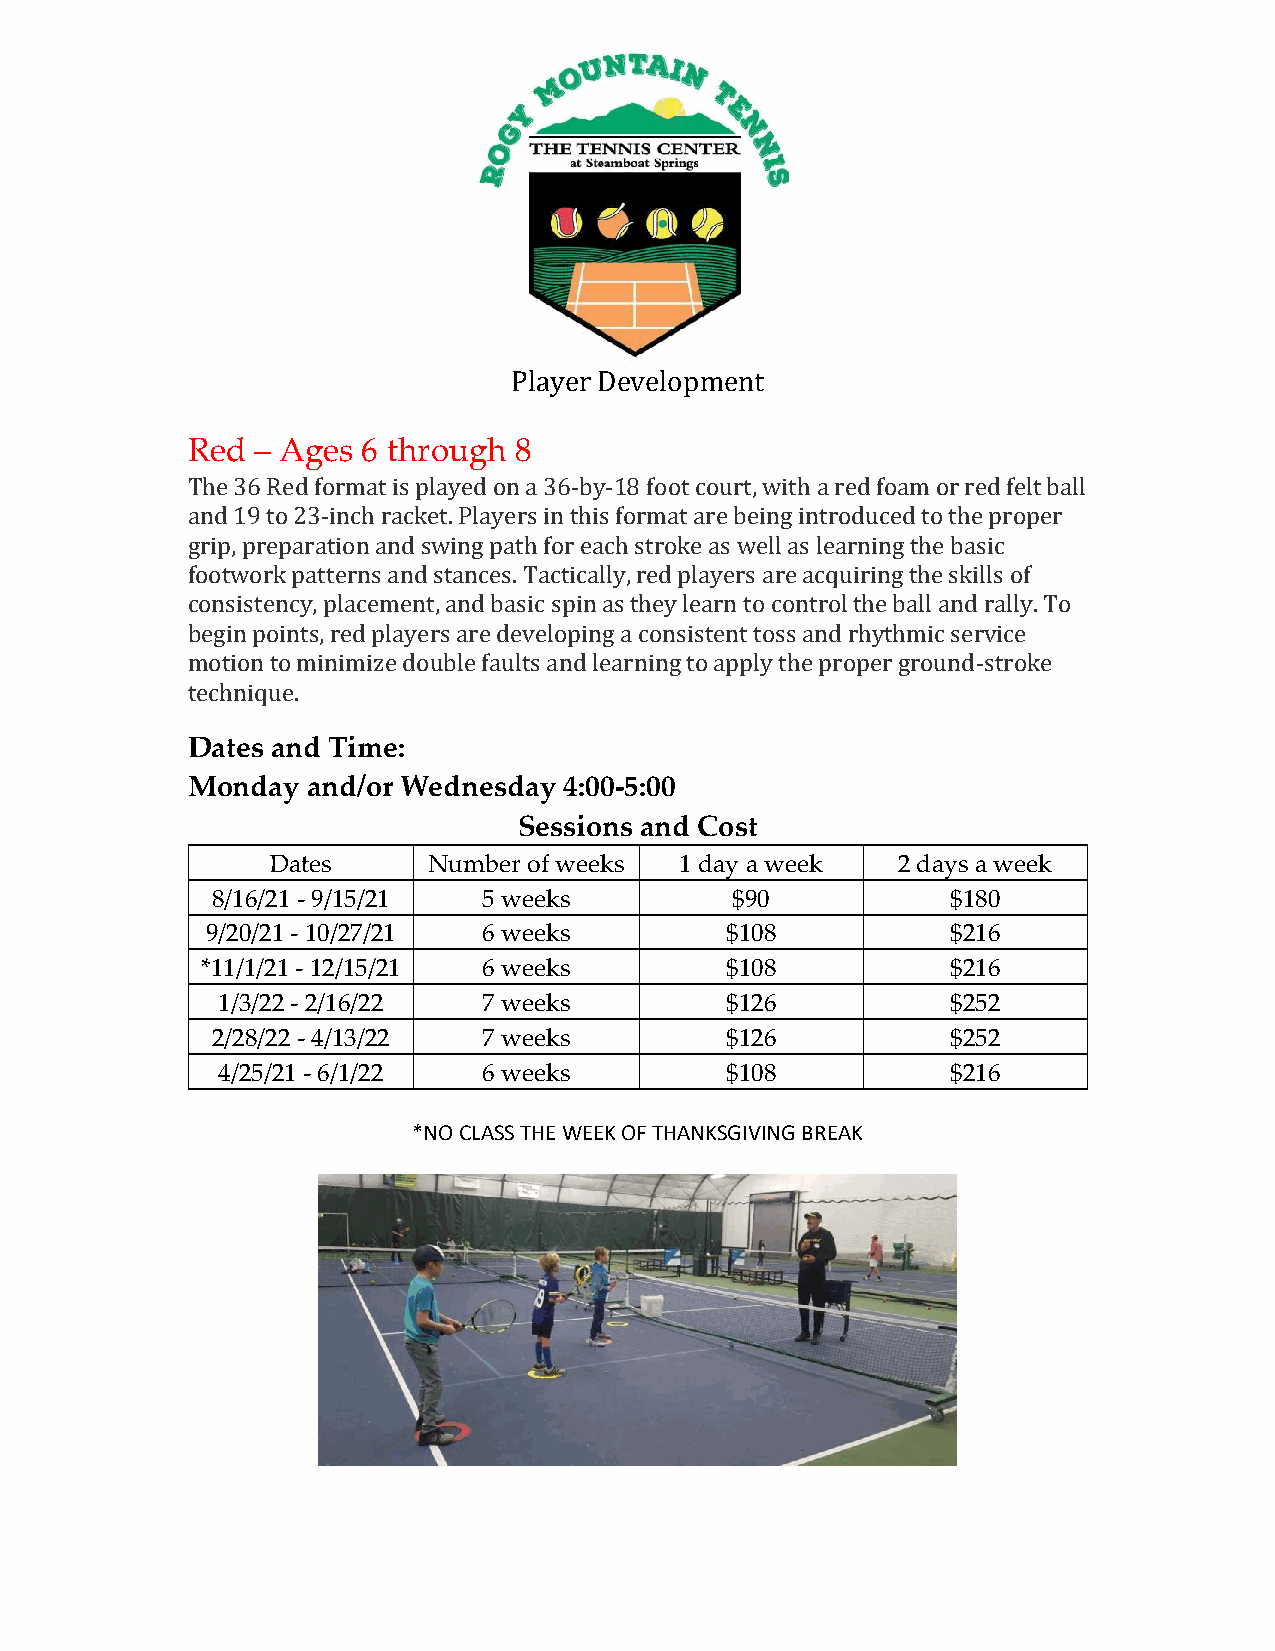
Player Development
 Red  – Ages 6 through 8
 The 36 Red format is played on a 36-by-18 foot court, with a red foam or red felt ball
 and 19 to 23-inch racket. Players in this format are being introduced to the proper
 grip, preparation and swing path for each stroke as well as learning the basic
 footwork patterns and stances. Tactically, red players are acquiring the skills of
 consistency, placement, and basic spin as they learn to control the ball and rally. To
 begin points, red players are developing a consistent toss and rhythmic service
 motion to minimize double faults and learning to apply the proper ground-stroke
 technique.
 Dates and Time:
 Monday  and/or Wednesday 4:00-5:00
 Sessions and Cost
 Dates     Number of weeks  1 day a week  2 days a week
 8/16/21 - 9/15/21 5 weeks         $90            $180
 9/20/21 - 10/27/21 6 weeks        $108           $216
 *11/1/21 - 12/15/21 6 weeks        $108           $216
 1/3/22 - 2/16/22  7 weeks         $126           $252
 2/28/22 - 4/13/22 7 weeks         $126           $252
 4/25/21 - 6/1/22  6 weeks         $108           $216
 *NO CLASS THE WEEK OF THANKSGIVING BREAK